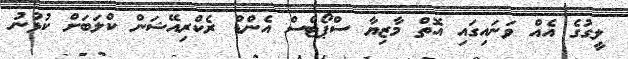
ލީގުގެ އެއް ވަނައިގައި އޮތް މާޒިޔާ ސްޕޯޓްސް އެންޑް ރެކްރިއޭޝަން ކްލަބަށް ކުޅުނު